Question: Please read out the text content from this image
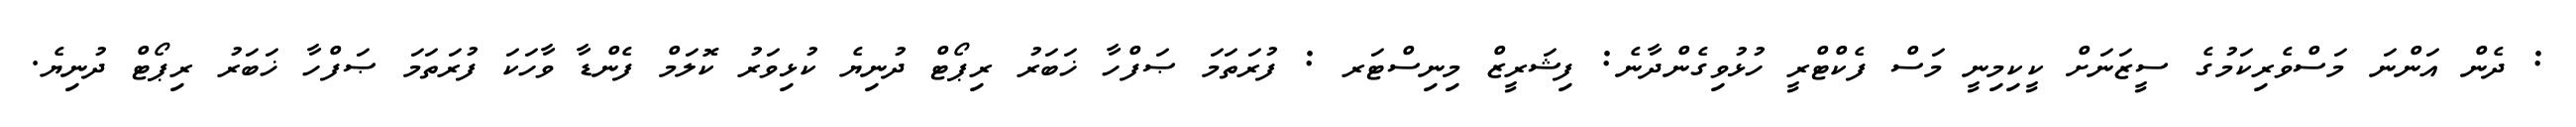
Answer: : ދެން އަންނަ މަސްވެރިކަމުގެ ސީޒަނަށް ކީކިމިނީ މަސް ފެކްޓްރީ ހުޅުވިގެންދާނެ: ފިޝަރީޒް މިނިސްޓަރ : ފުރަތަމަ ޞަފްހާ ޚަބަރު ރިޕޯޓް ދުނިޔެ ކުޅިވަރު ކޮލަމް ފެންޑާ ވާހަކަ ފުރަތަމަ ޞަފްހާ ޚަބަރު ރިޕޯޓް ދުނިޔެ.